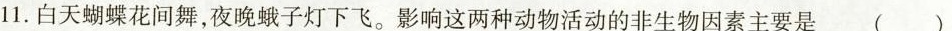
11。白天蝴蝶花间舞，夜晚蛾子灯下飞。影响这两种动物活动的非生物因素主要是()